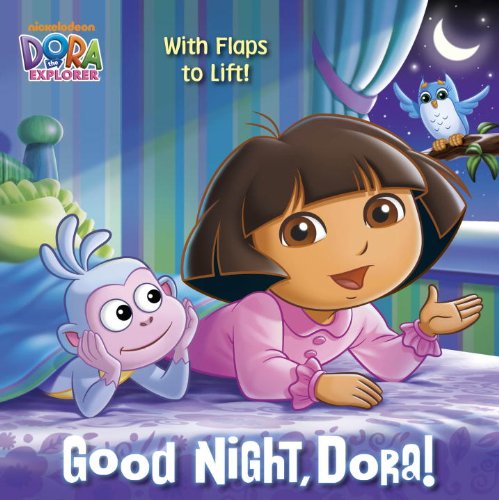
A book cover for Good Night, Dora! (Dora the Explorer) (Pictureback with Flaps); Random House; Children's Books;